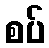
စပ်